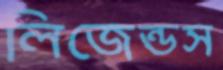
লিজেন্ডস